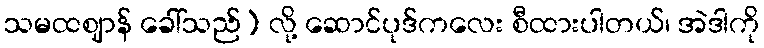
သမထဈာန် ခေါ်သည်) လို့ ဆောင်ပုဒ်ကလေး စီထားပါတယ်၊ အဲဒါကို